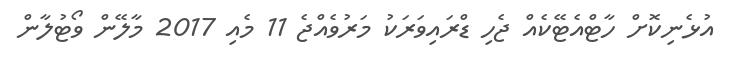
އުޅެނިކޮށް ހާޓްއެޓޭކެއް ޖެހި ޑްރައިވަރަކު މަރުވެއްޖެ 11 މެއި 2017 މާލޭން ވޯޓުލާން